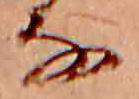
な